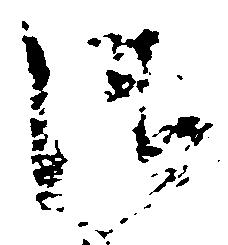
御